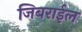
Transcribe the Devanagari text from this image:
जिबराईल